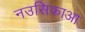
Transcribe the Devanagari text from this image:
नउसिकाआ